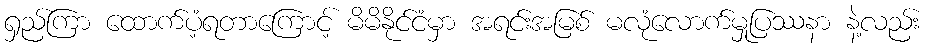
ရှည်ကြာ ထောက်ပံ့ရတာကြောင့် မိမိနိုင်ငံမှာ အရင်းအမြစ် မလုံလောက်မှုပြဿနာ နဲ့လည်း